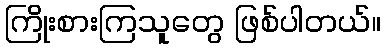
ကြိုးစားကြသူတွေ ဖြစ်ပါတယ်။